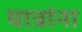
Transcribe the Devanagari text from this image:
यात्रांना